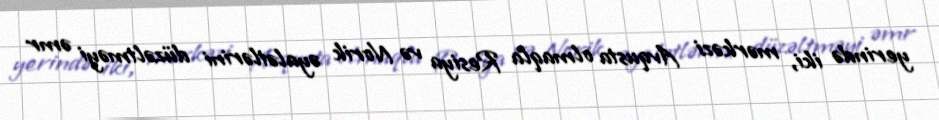
yerində iki, mərkəzi Avqusta olmaqla Resiya və Norik əyalətlərini düzəltməyi əmr